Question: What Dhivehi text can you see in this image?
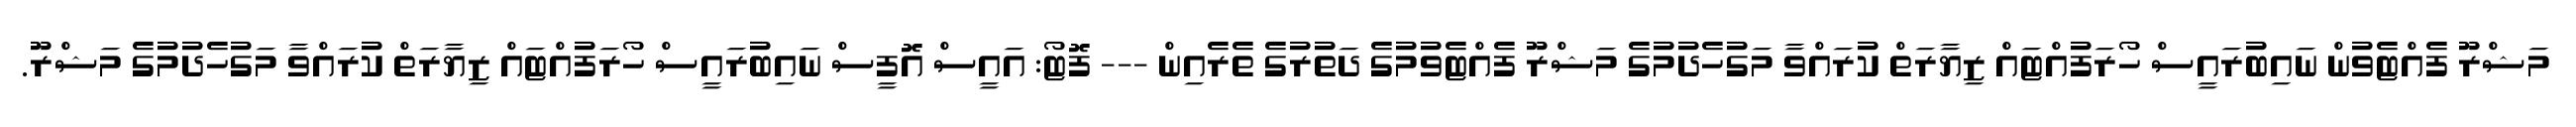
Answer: މަޝްރޫ ފެއްޓެވުން ނައިބުރައީސް ހޯރަފުއްޓައް ޒިޔާރަތް ކުރައްވާ މަގުހެދުމުގެ މަޝްރޫ ފެއްޓެވުމުގެ ދަތުރުގެ ތެރެއިން --- ފޮޓޯ: އައީސް އޮފީސް ނައިބުރައީސް ހޯރަފުއްޓައް ޒިޔާރަތް ކުރައްވާ މަގުހެދުމުގެ މަޝްރޫ.